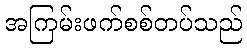
အကြမ်းဖက်စစ်တပ်သည်